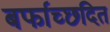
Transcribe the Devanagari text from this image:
बर्फाच्छदित